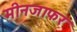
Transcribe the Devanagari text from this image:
मीनजाफर